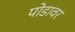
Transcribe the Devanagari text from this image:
पोडावर